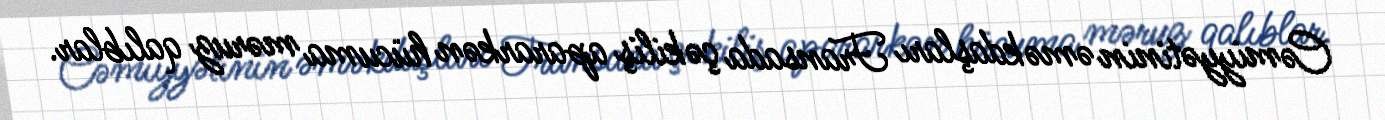
Cəmiyyətinin əməkdaşları Fransada çəkiliş apararkən hücuma məruz qalıblar.